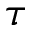
\tau